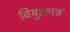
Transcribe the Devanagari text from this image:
वियुत्त्पन्न